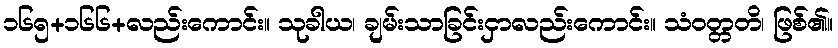
၁၆၅+၁၆၆+လည်းကောင်း။ သုခါယ၊ ချမ်းသာခြင်းငှာလည်းကောင်း။ သံဝတ္တတိ၊ ဖြစ်၏။